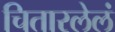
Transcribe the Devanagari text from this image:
चितारलेलं